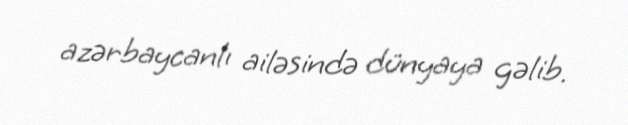
azərbaycanlı ailəsində dünyaya gəlib.